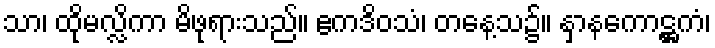
သာ၊ ထိုမလ္လိကာ မိဖုရားသည်။ ဧကဒိဝသံ၊ တနေ့သ၌။ နှာနကောဋ္ဌကံ၊